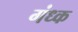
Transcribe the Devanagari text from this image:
गंध्क